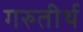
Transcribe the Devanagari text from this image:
गरुतीर्थ